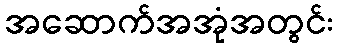
အဆောက်အအုံအတွင်း